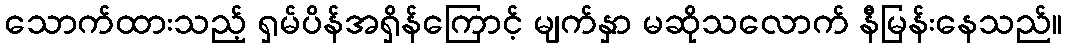
သောက်ထားသည့် ရှမ်ပိန်အရှိန်ကြောင့် မျက်နှာ မဆိုသလောက် နီမြန်းနေသည်။